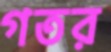
গতর